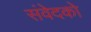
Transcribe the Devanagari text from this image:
संवेदको